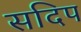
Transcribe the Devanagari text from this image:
सदिप